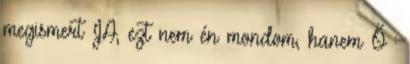
megismert JA, ezt nem én mondom, hanem Ő :